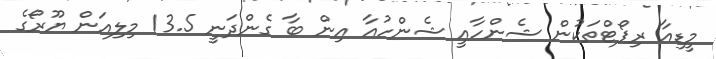
މީޑިއާ ރިޕޯޓްތަކުން ޝެންހާއީ ޝެންހުއާ އިން ބާ ގެންދަނީ 13.5 މިލިއަން ޔޫރޯގެ